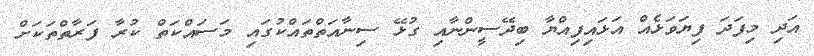
އަދި މިފަދަ ފިޔަވަޅެއް އަޅައިފިއްޔާ ބިދޭސީންނާއި ގުޅޭ ސިނާއަތްތައްކުގައި މަސައްކަތް ކުރާ ފަރާތްތަކަށް